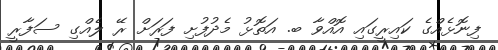
ފިނޮޅެއްގެ ކައިރީގައި އޮއްވާ ބ. އަތޮޅު މެދުފުށި ފަރަށް ރޭ ލެއްގި ސަފާރީ